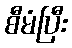
စီမံပြီး